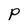
Character: P